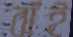
বাঁই